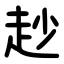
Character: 赻